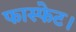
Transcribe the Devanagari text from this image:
फास्फेट।